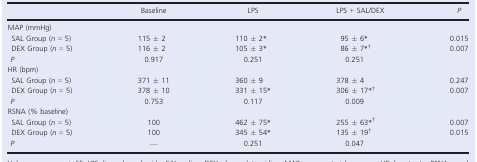
<table><thead><tr><td></td><td><b>Baseline</b></td><td><b>LPS</b></td><td><b>LPS + SAL/DEX</b></td><td><b><i>P</i></b></td></tr></thead><tbody><tr><td colspan="5">MAP (mmHg)</td></tr><tr><td>SAL Group (<i>n </i>=<i> </i>5)</td><td>115 ± 2</td><td>110 ± 2*</td><td>95 ± 6*</td><td>0.015</td></tr><tr><td>DEX Group (<i>n </i>=<i> </i>5)</td><td>116 ± 2</td><td>105 ± 3*</td><td>86 ± 7*, †</td><td>0.007</td></tr><tr><td><i> P</i></td><td>0.917</td><td>0.251</td><td>0.251</td><td></td></tr><tr><td colspan="5">HR (bpm)</td></tr><tr><td>SAL Group (<i>n </i>=<i> </i>5)</td><td>371 ± 11</td><td>360 ± 9</td><td>378 ± 4</td><td>0.247</td></tr><tr><td>DEX Group (<i>n </i>=<i> </i>5)</td><td>378 ± 10</td><td>331 ± 15*</td><td>306 ± 17*, †</td><td>0.007</td></tr><tr><td><i> P</i></td><td>0.753</td><td>0.117</td><td>0.009</td><td></td></tr><tr><td colspan="5">RSNA (% baseline)</td></tr><tr><td>SAL Group (<i>n </i>=<i> </i>5)</td><td>100</td><td>462 ± 75*</td><td>255 ± 63*, †</td><td>0.007</td></tr><tr><td>DEX Group (<i>n </i>=<i> </i>5)</td><td>100</td><td>345 ± 54*</td><td>135 ± 19†</td><td>0.015</td></tr><tr><td><i> P</i></td><td>—</td><td>0.251</td><td>0.047</td><td></td></tr></tbody></table>